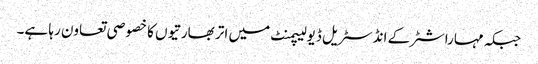
جبکہ مہاراشٹرکے انڈسٹریل ڈیولیپمنٹ میں اتر بھارتیوں کا خصو صی تعاون رہا ہے۔